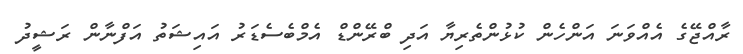
ރާއްޖޭގެ އެއްވަނަ އަންހެން ކުޅުންތެރިޔާ އަދި ބްރޭންޑް އެމްބެސެޑަރު އައިޝަތު އަފްނާން ރަޝީދު